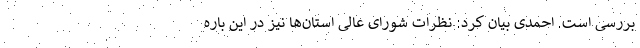
بررسی است. احمدی بیان کرد: نظرات شورای عالی استان‌ها نیز در این باره